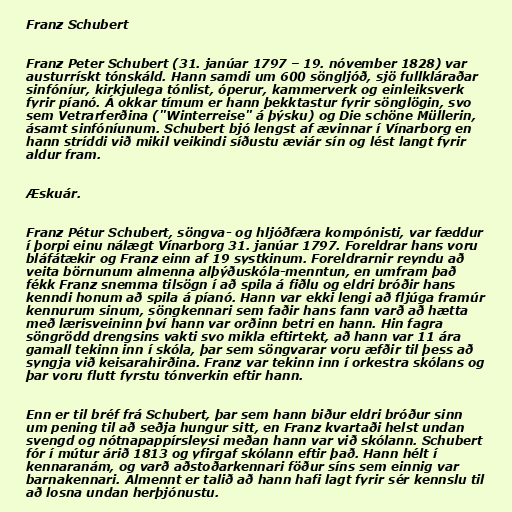
Franz Schubert

Franz Peter Schubert (31. janúar 1797 – 19. nóvember 1828) var
austurrískt tónskáld. Hann samdi um 600 söngljóð, sjö fullkláraðar
sinfóníur, kirkjulega tónlist, óperur, kammerverk og einleiksverk
fyrir píanó. Á okkar tímum er hann þekktastur fyrir sönglögin, svo
sem Vetrarferðina ("Winterreise" á þýsku) og Die schöne Müllerin,
ásamt sinfóníunum. Schubert bjó lengst af ævinnar í Vínarborg en
hann stríddi við mikil veikindi síðustu æviár sín og lést langt fyrir
aldur fram.

Æskuár.

Franz Pétur Schubert, söngva- og hljóðfæra kompónisti, var fæddur
í þorpi einu nálægt Vínarborg 31. janúar 1797. Foreldrar hans voru
bláfátækir og Franz einn af 19 systkinum. Foreldrarnir reyndu að
veita börnunum almenna alþýðuskóla-menntun, en umfram það
fékk Franz snemma tilsögn í að spila á fiðlu og eldri bróðir hans
kenndi honum að spila á píanó. Hann var ekki lengi að fljúga framúr
kennurum sinum, söngkennari sem faðir hans fann varð að hætta
með lærisveininn því hann var orðinn betri en hann. Hin fagra
söngrödd drengsins vakti svo mikla eftirtekt, að hann var 11 ára
gamall tekinn inn í skóla, þar sem söngvarar voru æfðir til þess að
syngja við keisarahirðina. Franz var tekinn inn í orkestra skólans og
þar voru flutt fyrstu tónverkin eftir hann.

Enn er til bréf frá Schubert, þar sem hann biður eldri bróður sinn
um pening til að seðja hungur sitt, en Franz kvartaði helst undan
svengd og nótnapappírsleysi meðan hann var við skólann. Schubert
fór í mútur árið 1813 og yfirgaf skólann eftir það. Hann hélt í
kennaranám, og varð aðstoðarkennari föður síns sem einnig var
barnakennari. Almennt er talið að hann hafi lagt fyrir sér kennslu til
að losna undan herþjónustu.